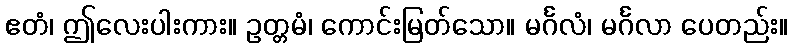
ဧတံ၊ ဤလေးပါးကား။ ဥတ္တမံ၊ ကောင်းမြတ်သော။ မင်္ဂလံ၊ မင်္ဂလာ ပေတည်း။